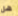
هل